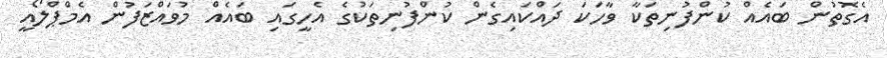
އެގޮތުން ބައެއް ކުންފުނިތަކާ ވާހަކަ ދައްކައިގެން ކުންފުނިތަކުގެ އެހީގައި ބައެއް މުވައްޒަފުން އެމްޕްލޯއީ